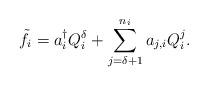
LaTeX: \begin{align*}\tilde f_i=a_i^\dag Q_i^\delta+\sum\limits_{j=\delta+1}^{n_i}a_{j,i}Q_i^j.\end{align*}